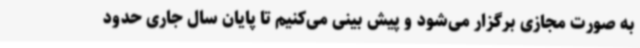
به صورت مجازی برگزار می‌شود و پیش بینی می‌کنیم تا پایان سال جاری حدود